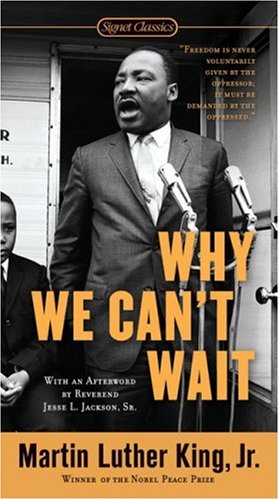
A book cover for Why We Can't Wait (Signet Classics); Dr. Martin Luther King Jr.; Literature & Fiction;